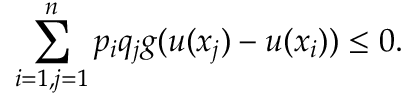
\sum _ { i = 1 , j = 1 } ^ { n } p _ { i } q _ { j } g ( u ( x _ { j } ) - u ( x _ { i } ) ) \leq 0 .